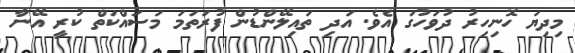
މިދިޔަ ހޮނިހިރު ދުވަހުގަ އެވެ. އަދި ތައިލޭންޑުން ފުރަތަމަ މަސައްކަތް ކުރީ އޭނާ